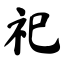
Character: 祀